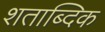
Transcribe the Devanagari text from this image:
शताब्दिक